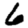
Digit: 6